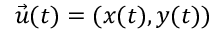
{ \vec { u } } ( t ) = ( x ( t ) , y ( t ) )